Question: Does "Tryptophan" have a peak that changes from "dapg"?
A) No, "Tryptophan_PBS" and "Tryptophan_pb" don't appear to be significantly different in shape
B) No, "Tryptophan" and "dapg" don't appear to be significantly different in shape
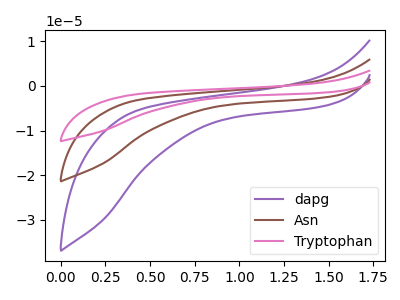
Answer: <think>The purple curve "dapg" has no peaks. The brown curve "Asn" has no peaks. The pink curve "Tryptophan" has no peaks.
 Neither "Tryptophan" or "dapg" have any peaks.</think>
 <answer>B) No, "Tryptophan" and "dapg" don't appear to be significantly different in shape</answer>
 <eval>B</eval>